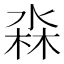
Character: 𭪳